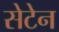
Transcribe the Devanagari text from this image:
सेटेन